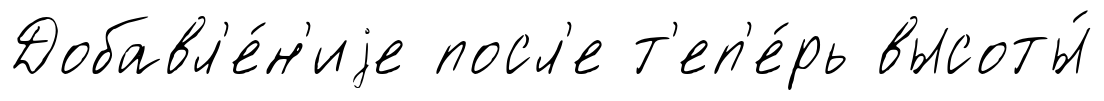
Добавл'е́н'иjе посл'е т'еп'е́рь высоты́